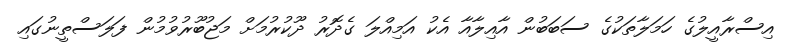
އިސްރާއީލުގެ ހަމަލާތަކުގެ ސަބަބުން އާއިލާއާ އެކު އަމިއްލަ ގެދޮރު ދޫކުރުމަށް މަޖުބޫރުވުމުން ފަލަސްތީނުގައި